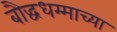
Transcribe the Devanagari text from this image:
बौद्धधम्माच्या